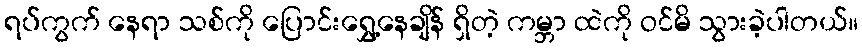
ရပ်ကွက် နေရာ သစ်ကို ပြောင်းရွှေ့နေချိန် ရှိတဲ့ ကမ္ဘာ ထဲကို ဝင်မိ သွားခဲ့ပါတယ်။